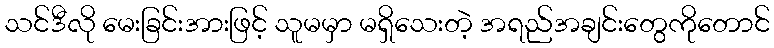
သင်ဒီလို မေးခြင်းအားဖြင့် သူမမှာ မရှိသေးတဲ့ အရည်အချင်းတွေကိုတောင်